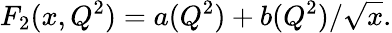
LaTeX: F_{2}(x,Q^{2})=a(Q^{2})+b(Q^{2})/\sqrt{x}.